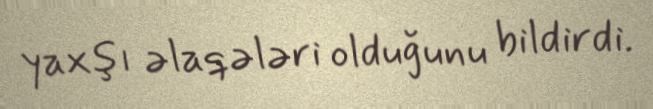
yaxşı əlaqələri olduğunu bildirdi.